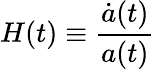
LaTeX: H(t)\equiv{\frac{{\dot{a}}(t)}{a(t)}}